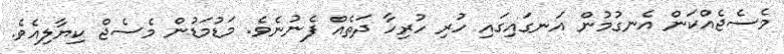
މެސެޖެއްކަން އެނގުމުން އަނގައިގައި ހުރި ހުރިހާ ދަތެއް ފެނުނެވެ. މަޑުމަޑުން މެސެޖް ކިޔާލިއެވެ.